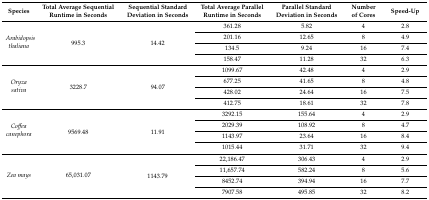
<table><thead><tr><td><b>Species</b></td><td><b>Total Average Sequential Runtime in Seconds</b></td><td><b>Sequential Standard Deviation in Seconds</b></td><td><b>Total Average Parallel Runtime in Seconds </b></td><td><b>Parallel Standard Deviation in Seconds</b></td><td><b>Number of Cores</b></td><td><b>Speed-Up</b></td></tr></thead><tbody><tr><td rowspan="4"><i>Arabidopsis thaliana</i></td><td rowspan="4">995.3</td><td rowspan="4">14.42</td><td>361.28</td><td>5.82</td><td>4</td><td>2.8</td></tr><tr><td>201.16</td><td>12.65</td><td>8</td><td>4.9</td></tr><tr><td>134.5</td><td>9.24</td><td>16</td><td>7.4</td></tr><tr><td>158.47</td><td>11.28</td><td>32</td><td>6.3</td></tr><tr><td rowspan="4"><i>Oryza sativa</i></td><td rowspan="4">3228.7</td><td rowspan="4">94.07</td><td>1099.67</td><td>42.48</td><td>4</td><td>2.9</td></tr><tr><td>677.25</td><td>41.65</td><td>8</td><td>4.8</td></tr><tr><td>428.02</td><td>24.64</td><td>16</td><td>7.5</td></tr><tr><td>412.75</td><td>18.61</td><td>32</td><td>7.8</td></tr><tr><td rowspan="4"><i>Coffea canephora</i></td><td rowspan="4">9569.48</td><td rowspan="4">11.91</td><td>3292.15</td><td>155.64</td><td>4</td><td>2.9</td></tr><tr><td>2029.39</td><td>108.92</td><td>8</td><td>4.7</td></tr><tr><td>1143.97</td><td>23.64</td><td>16</td><td>8.4</td></tr><tr><td>1015.44</td><td>31.71</td><td>32</td><td>9.4</td></tr><tr><td rowspan="4"><i>Zea mays</i></td><td rowspan="4">65,031.07</td><td rowspan="4">1143.79</td><td>22,186.47</td><td>306.43</td><td>4</td><td>2.9</td></tr><tr><td>11,657.74</td><td>582.24</td><td>8</td><td>5.6</td></tr><tr><td>8452.74</td><td>394.94</td><td>16</td><td>7.7</td></tr><tr><td>7907.58</td><td>495.85</td><td>32</td><td>8.2</td></tr></tbody></table>